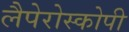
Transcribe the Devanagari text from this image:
लैपेरोस्कोपी